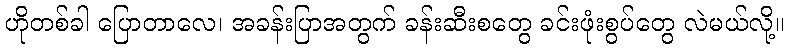
ဟိုတစ်ခါ ပြောတာလေ၊ အခန်းပြာအတွက် ခန်းဆီးစတွေ ခင်းဖုံးစွပ်တွေ လဲမယ်လို့။